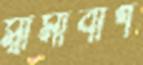
স্বামীবাগ